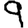
Digit: 9